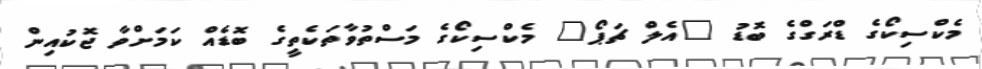
މެކްސިކޯގެ ޑްރަގްގެ ބޮޑު "އެލް ޗަޕޯ" މެކްސިކޯގެ މަސްތުވާތަކެތީގެ ބޮޑެއް ކަމަށްވާ ޖޮކުއިން